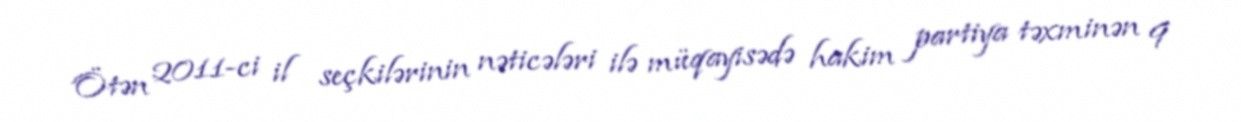
Ötən 2011-ci il seçkilərinin nəticələri ilə müqayisədə hakim partiya təxminən 9